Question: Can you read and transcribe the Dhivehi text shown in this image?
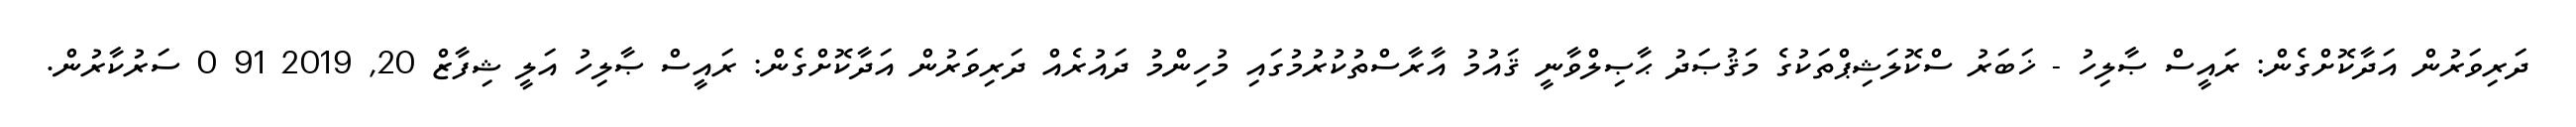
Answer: ދަރިވަރުން އަދާކޮށްގެން: ރައީސް ޞާލިހު - ޚަބަރު ސްކޮލަޝިޕްތަކުގެ މަޤުޞަދު ޙާޞިލްވާނީ ޤައުމު އާރާސްތުކުރުމުގައި މުހިންމު ދައުރެއް ދަރިވަރުން އަދާކޮށްގެން: ރައީސް ޞާލިހު އަލީ ޝިފާޒް 20, 2019 91 0 ސަރުކާރުން.